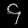
Digit: ၄